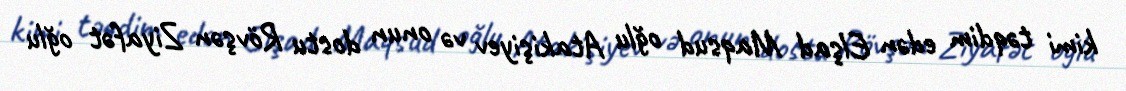
kimi təqdim edən Elşad Maqsud oğlu Atakişiyev və onun dostu Rövşən Ziyafət oğlu